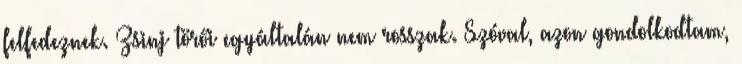
felfedeznek. Zsinj törői egyáltalán nem rosszak. Szóval, azon gondolkodtam,